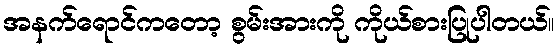
အနက်ရောင်ကတော့ စွမ်းအားကို ကိုယ်စားပြုပါတယ်။